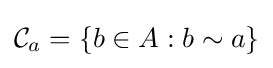
{\mathcal {C}}_{a}=\{b\in A:b\sim a\}